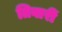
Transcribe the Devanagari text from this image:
तिवारीं